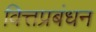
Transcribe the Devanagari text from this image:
वित्तप्रबंधन